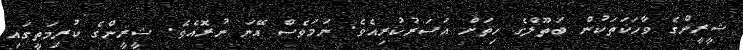
ޝީރީންގެ ވާހަކަތަކުން ބަތޫލްގެ ހިތަށް އަސަރުކުރިއެވެ. ނަމަވެސް އޭނަ ނުރޮއެވެ. ޝީރީންގެ ކުރިމަތީގައި